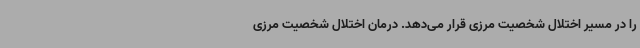
را در مسیر اختلال شخصیت مرزی قرار می‌دهد. درمان اختلال شخصیت مرزی